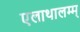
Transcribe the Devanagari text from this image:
एलाथालम्म्